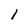
Character: l